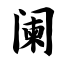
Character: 阑